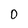
Character: 0